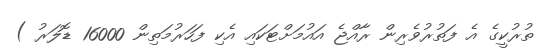
ތުރުކީގެ އެ ފަތުރުވެރިން ރާއްޖެ އައުމަށްޓަކައި އެކި ފަހަރުމަތިން 16000 ޑޮލަރު )